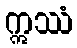
ဣဿံ